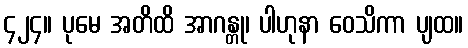
၄၂၄။ ပုမေ အတိထိ အာဂန္တု၊ ပါဟုနာ ဝေသိကာ ပျထ။